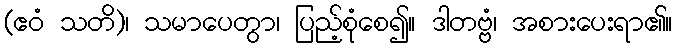
(ဧဝံ သတိ)၊ သမာပေတွာ၊ ပြည့်စုံစေ၍။ ဒါတဗ္ဗံ၊ အစားပေးရာ၏။